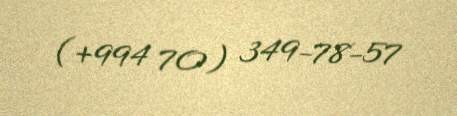
(+994 70) 349-78-57